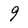
Character: 9